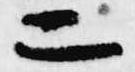
二